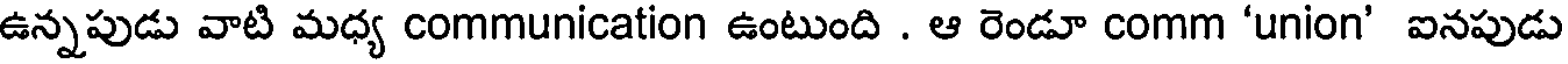
ఉన్నపుడు వాటి మధ్య communication ఉంటుంది . ఆ రెండూ comm 'union' ఐనపుడు